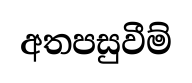
අතපසුවීම්